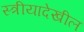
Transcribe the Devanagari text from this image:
स्त्रीयादेखील